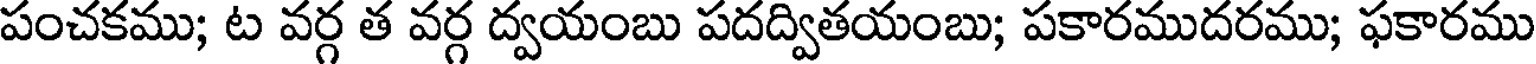
పంచకము; ట వర్గ త వర్గ ద్వయంబు పదద్వితయంబు; పకారముదరము; ఫకారము